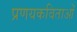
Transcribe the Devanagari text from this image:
प्रणयकविताओं